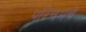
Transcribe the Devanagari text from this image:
पश्‍चिमचे